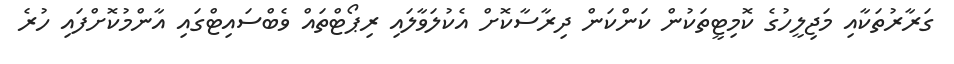
ގަރާރުތަކާއި މަޖިލީހުގެ ކޮމިޓީތަކުން ކަންކަން ދިރާސާކޮށް އެކުލަވާލައި ރިޕޯޓްތައް ވެބްސައިޓްގައި އާންމުކޮށްފައި ހުރެ